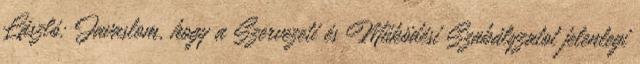
László: Javaslom, hogy a Szervezeti és Működési Szabályzatot jelenlegi